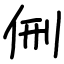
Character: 侀